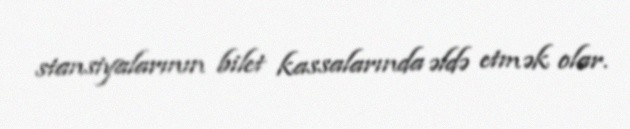
stansiyalarının bilet kassalarında əldə etmək olar.